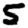
Digit: 5